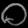
Digit: ၀